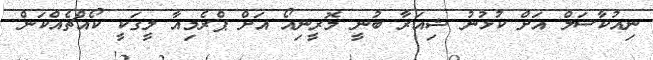
ނިއުކާސަލް އަށް ކުޅުނު ޝިއަރާ ބުނީ މޮރީނިއޯ އަށް ޕްރެމިއާ ލީގަކީ ކޯއްޗެއްކަން